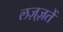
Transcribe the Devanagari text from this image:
लज़्ज़तें